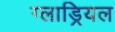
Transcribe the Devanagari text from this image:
ग्लाड्रियल